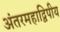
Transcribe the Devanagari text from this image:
अंतरमहाद्विपीय